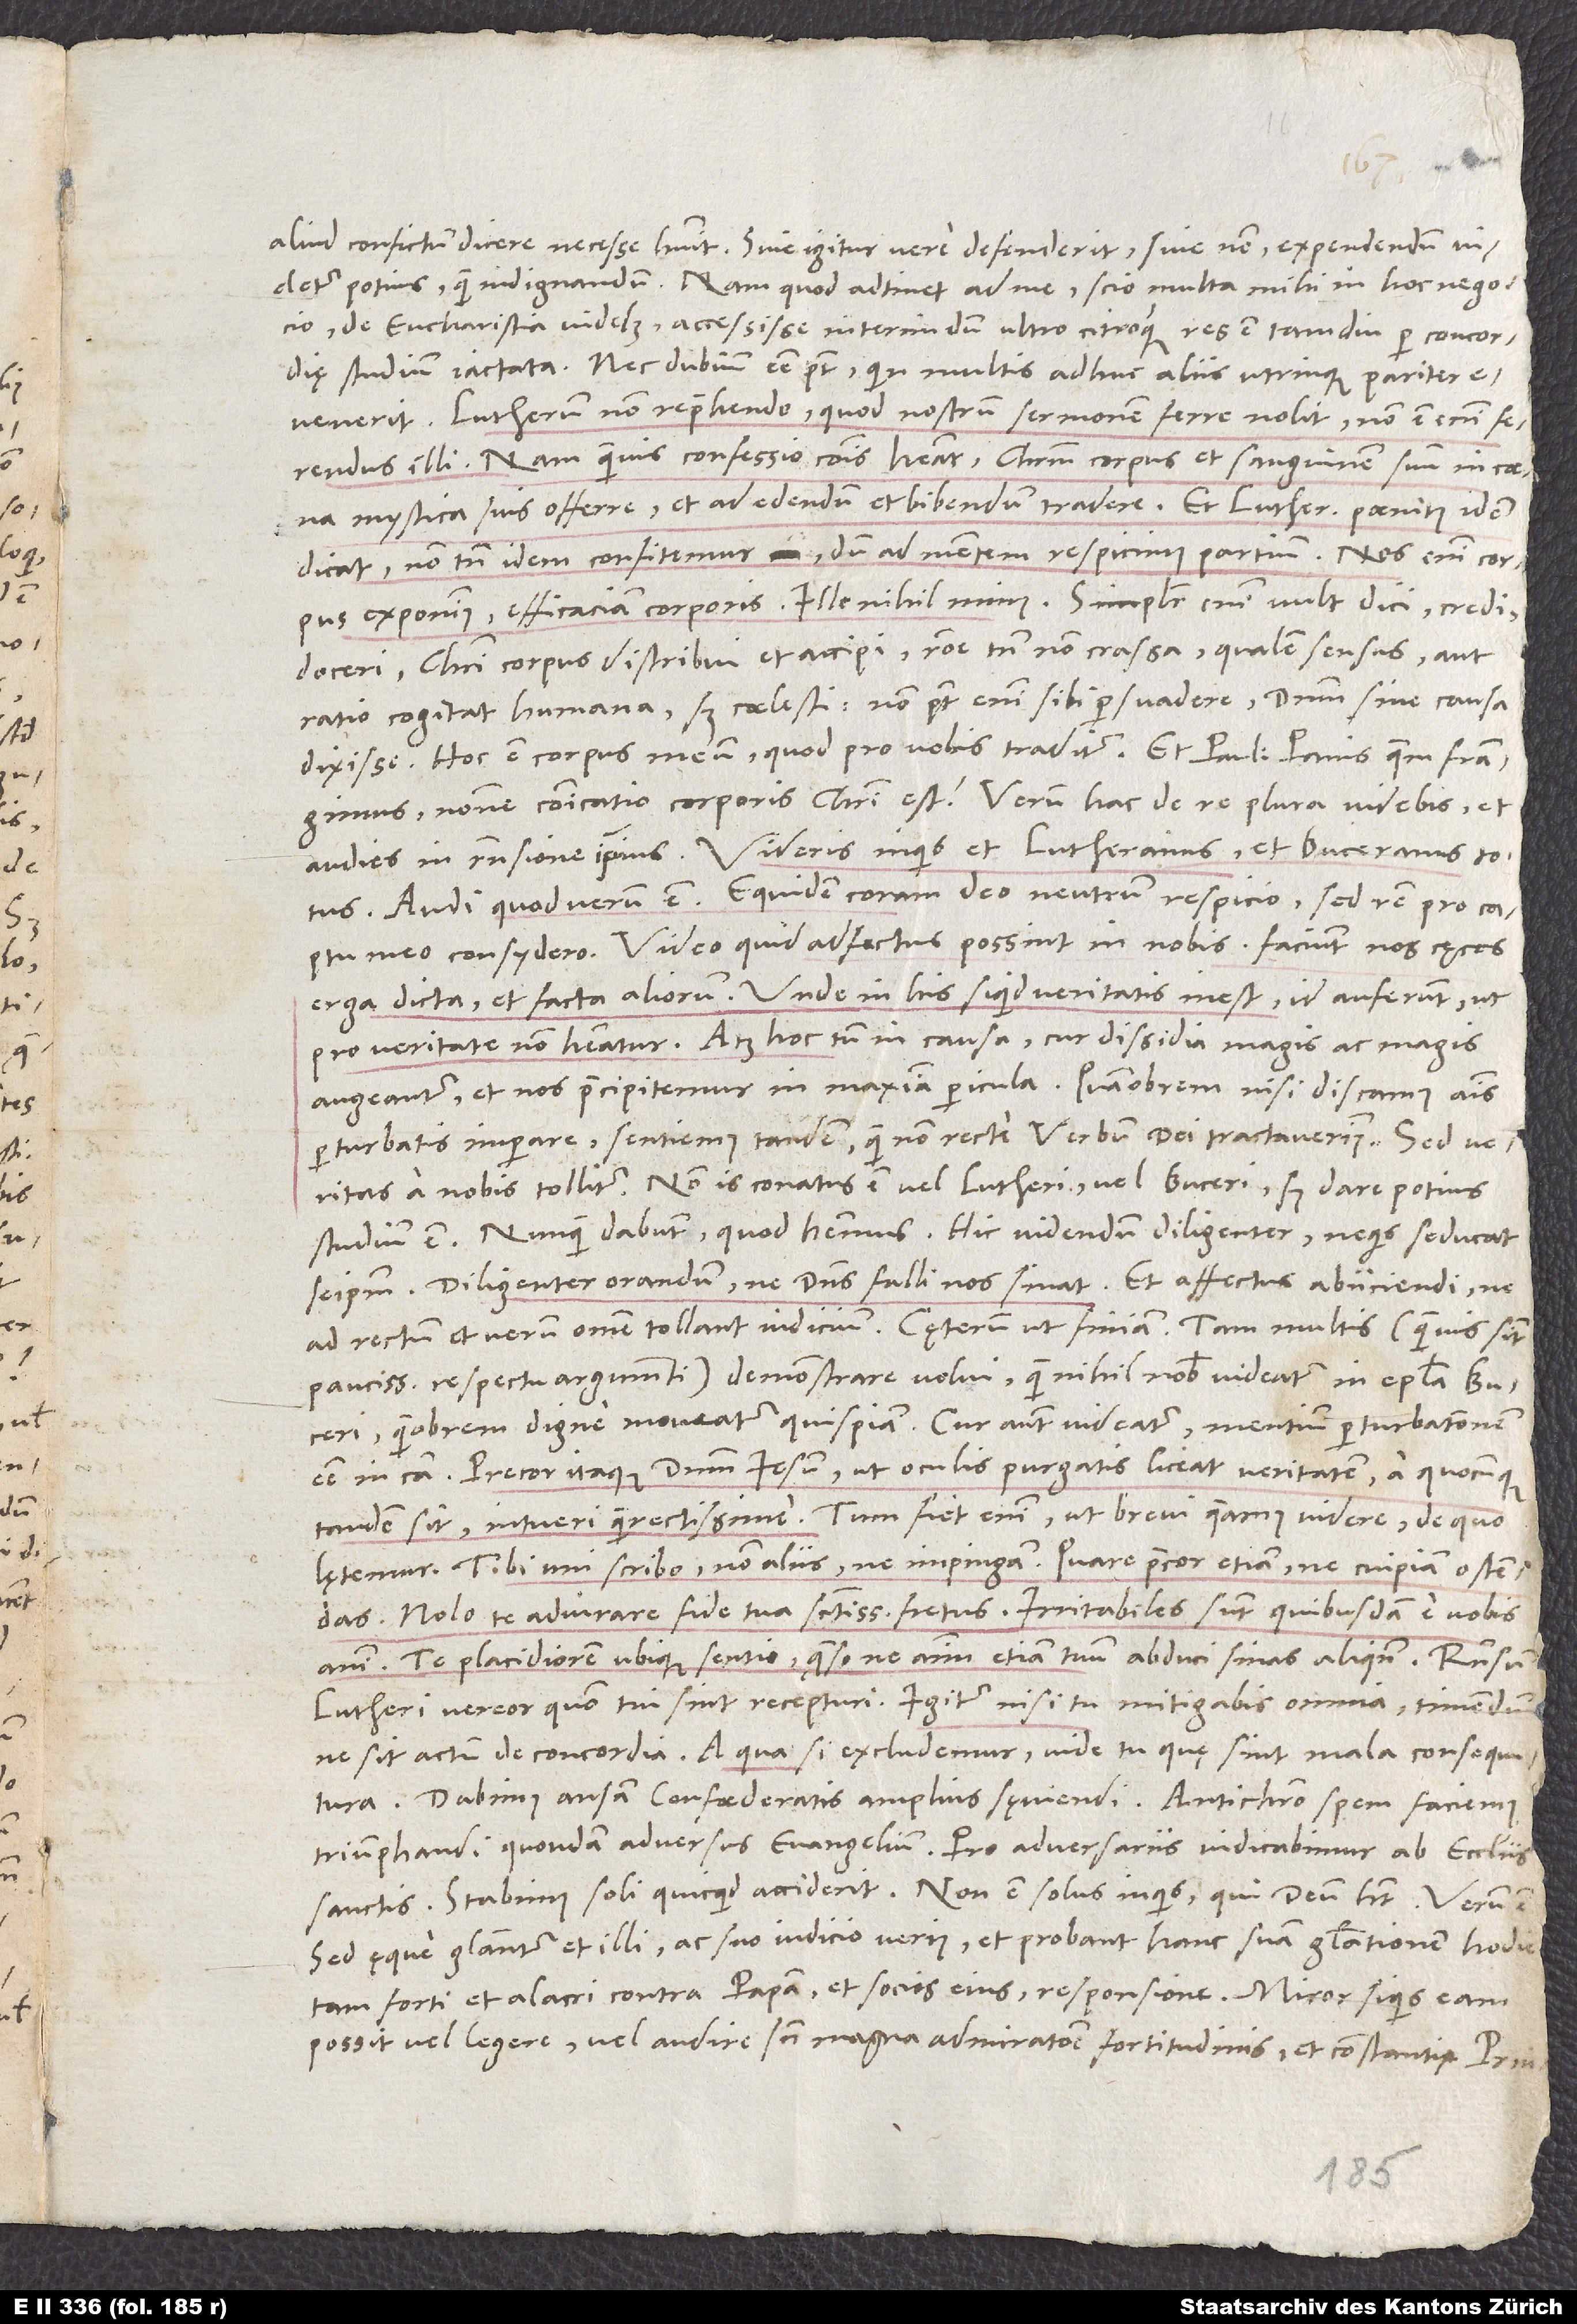
aliud confictum dicere necesse habuit. Sive igitur vere defenderit sive non, expendendum videtur
potius quam indignandum. Nam quod adtinet ad me, scio multa mihi in hoc negocio,
de eucharistia videlicet, accessisse interim, dum ultro citroque res est tamdiu per concordię
studium iactata. Nec dubium esse potest, quin multis adhuc aliis utrinque pariter
Lutherum non reprehendo, quod nostrum sermonem ferre nolit; non est enim ferendus
illi. Nam quamvis confessio communis habeat Christum corpus et sanguinem suum in coena
mystica suis offerre et ad edendum et bibendum tradere et Lutherus paenitus idem
dicat, non tamen idem confitemur, dum ad mentem respicimus partium. Nos enim corpus
exponimus efficaciam corporis. Ille nihil minus. Simpliciter enim vult dici, credi,
doceri Christi corpus distribui et accipi, ratione tamen non crassa, qualem sensus aut
ratio cogitat humana, sed coelesti. Non potest enim sibi persuadere dominum sine causa
Audi, quod verum est: Equidem coram deo neutrum respicio, sed rem pro captu
meo consydero. Video, quid adfectus possint in nobis; faciunt nos cęcos
erga dicta et facta aliorum. Unde in his siquid veritatis inest, id auferunt, ut
pro veritate non habeatur. Atque hoc tum in causa, cur dissidia magis ac magis
augeantur et nos praecipitemur in maxima pericula. Quamobrem, nisi discamus animis
perturbatis imperare, sentiemus tandem, quam non recte verbum dei tractaverimus. "Sed veritas
a nobis tollitur." Non is conatus est vel Lutheri vel Buceri, sed dare potius
studium est. "Nunquam dabunt, quod habemus." Hic videndum diligenter, ne quis seducat
seipsum. Diligenter orandum, ne dominus falli nos sinat, et affectus abiiciendi, ne
paucissima respectu argumenti) demonstrare volui, quam nihil nobis videatur in epistola Buceri,
quamobrem digne moveatur quispiam; cur autem videatur, mentium perturbationem
esse in causa. Precor itaque dominum Iesum, ut oculis purgatis liceat veritatem, a quocunque
tandem sit, intueri quam rectissime. Tum fiet enim, ut brevi queamus videre, de quo
Tibi uni scribo, non aliis, ne impingam. Quare precor etiam, ne cuipiam ostendas.
Nolo te adiurare fide tua sanctissima fretus. Irritabiles sunt quibusdam e vobis
animi. Te placidiorem ubique sentio; quaeso, ne animum etiam tuum abduci sinas aliquando. Responsum
Lutheri vereor quomodo tui sint recepturi. Igitur, nisi tu mitigabis omnia, timendum,
ne sit actum de concordia. A qua si excludemur, vide tu, quę sint mala consequutura.
Dabimus ansam confoederatis amplius sęviendi. Antichristo spem faciemus
triumphandi quondam adversus evangelium. Pro adversariis iudicabimur ab ecclesiis
sanctis. Stabimus soli, quicquid accident. "Non est solus,"inquis, "qui deum habet". Verum est.
Sed ęque gloriantur et illi, ac suo iudicio verius, et probant hanc suam gloriationem hodie
tam forti et alacri contra papam et socios eius responsione. Miror, siquis eam
possit vel legere vel audire sine magna admiratione fortitudinis et Constantię princi pum